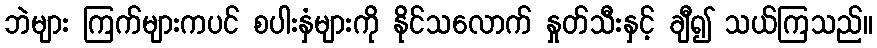
ဘဲများ ကြက်များကပင် စပါးနှံများကို နိုင်သလောက် နှုတ်သီးနှင့် ချီ၍ သယ်ကြသည်။